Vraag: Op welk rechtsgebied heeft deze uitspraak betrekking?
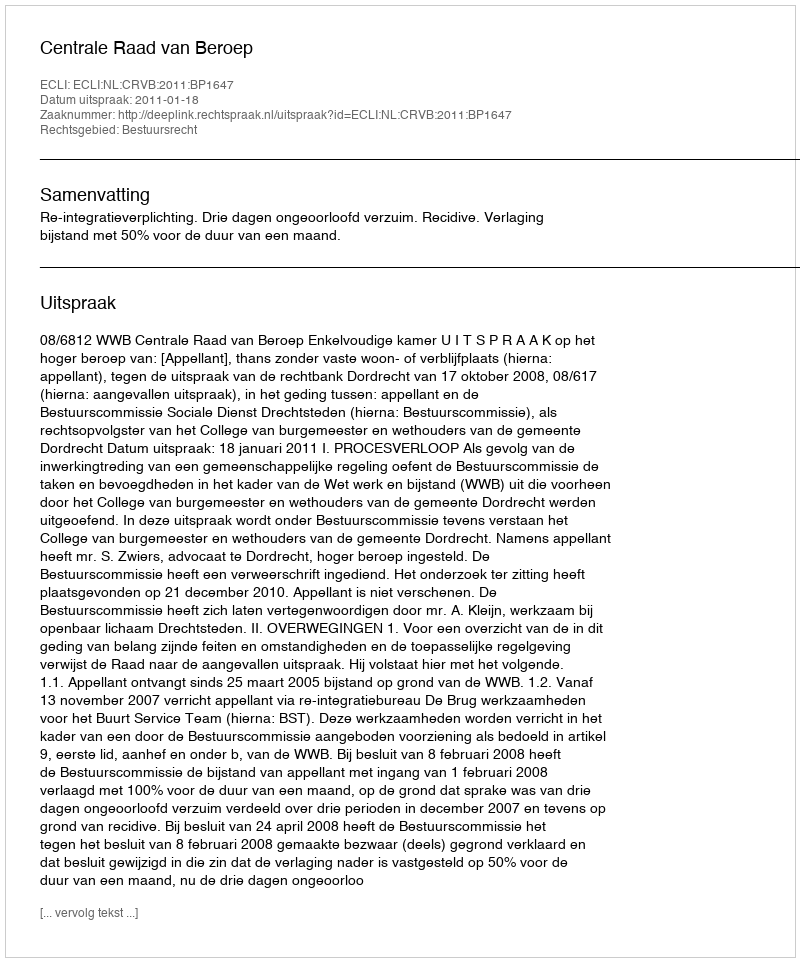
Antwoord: Bestuursrecht